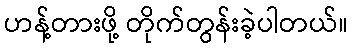
ဟန့်တားဖို့ တိုက်တွန်းခဲ့ပါတယ်။